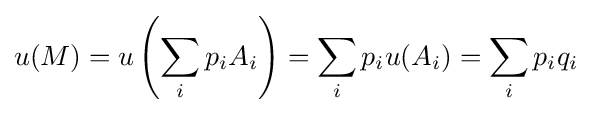
u(M)=u\left(\sum _{i}p_{i}A_{i}\right)=\sum _{i}p_{i}u(A_{i})=\sum _{i}p_{i}q_{i}